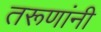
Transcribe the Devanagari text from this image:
तरूणांनी